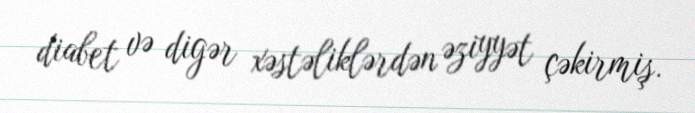
diabet və digər xəstəliklərdən əziyyət çəkirmiş.